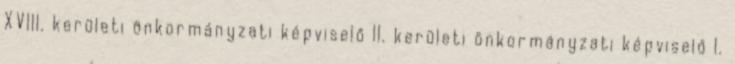
XVIII. kerületi önkormányzati képviselő II. kerületi önkormányzati képviselő I.